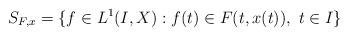
LaTeX: \begin{align*}S_{F,x}=\{f\in L^1(I,X):f(t)\in F(t,x(t)),\ t\in I\}\end{align*}